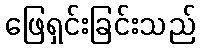
ဖြေရှင်းခြင်းသည်